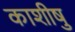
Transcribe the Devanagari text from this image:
काशीषु